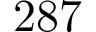
2 8 7